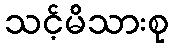
သင့်မိသားစု